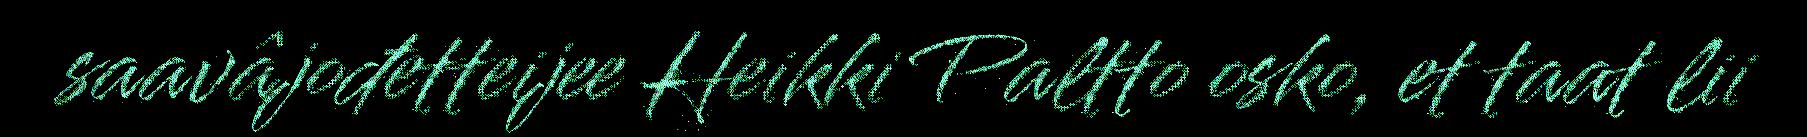
saavâjođetteijee Heikki Paltto osko, et taat lii